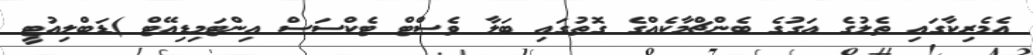
އެމެރިކާގައި ތެލުގެ އަގުގެ ބެންޗްމާކެއްގެ ގޮތުގައި ބަލާ ވެސްޓް ޓެކްސަސް އިންޓަމިޑިއޭޓް )ޑަބްލިއުޓީ